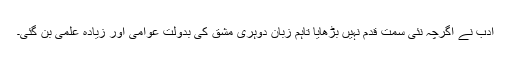
ادب نے اگرچہ نئی سمت قدم نہیں بڑھایا تاہم زبان دوہری مشق کی بدولت عوامی اور زیادہ علمی بن گئی۔